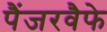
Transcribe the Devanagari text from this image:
पैंजरवैफे